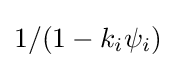
1/(1-k_{i}\psi _{i})